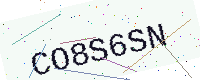
Text: CO8S6SN